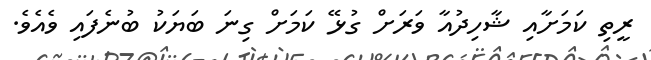
ރީތި ކަމަށާއި ޝާހިދުއާ ވަރަށް ގުޅޭ ކަމަށް ގިނަ ބަޔަކު ބުނެފައި ވެއެވެ.